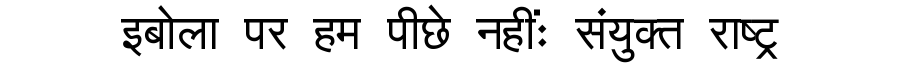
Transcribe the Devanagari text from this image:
इबोला पर हम पीछे नहींः संयुक्त राष्ट्र